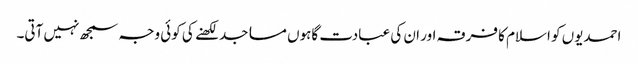
احمدیوں کو اسلام کا فرقہ اور ان کی عبادت گاہوں مساجد لکھنے کی کوئی وجہ سمجھ نہیں آتی۔